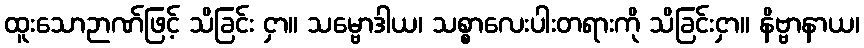
ထူးသောဉာဏ်ဖြင့် သိခြင်း ငှာ။ သမ္ဗောဒါယ၊ သစ္စာလေးပါးတရားကို သိခြင်းငှာ။ နိဗ္ဗာနာယ၊